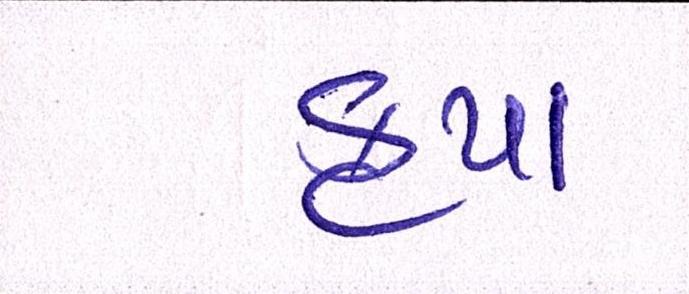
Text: કૃપા